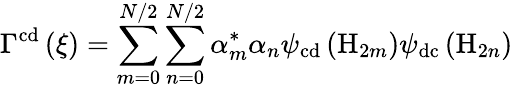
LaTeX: \Gamma^{\mathrm{cd}}\left(\xi\right)=\sum_{m=0}^{N/2}\sum_{n=0}^{N/2}\alpha_{m}^{*}\alpha_{n}\psi_{\mathrm{cd}}\left(\mathrm{H}_{2m}\right)\psi_{\mathrm{dc}}\left(\mathrm{H}_{2n}\right)